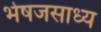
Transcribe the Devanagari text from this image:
भेषजसाध्य